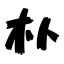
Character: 朴